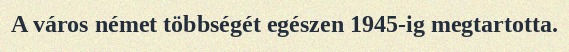
A város német többségét egészen 1945-ig megtartotta.